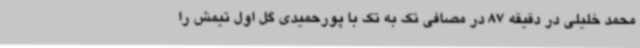
محمد خلیلی در دقیقه 87 در مصافی تک به تک با پورحمیدی گل اول تیمش را